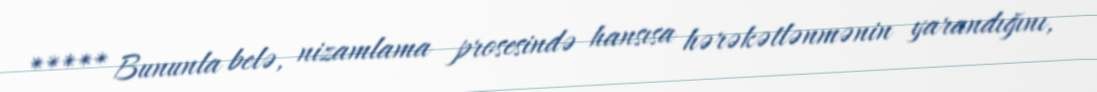
***** Bununla belə, nizamlama prosesində hansısa hərəkətlənmənin yarandığını,